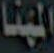
المهنا